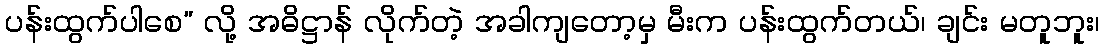
ပန်းထွက်ပါစေ” လို့ အဓိဋ္ဌာန် လိုက်တဲ့ အခါကျတော့မှ မီးက ပန်းထွက်တယ်၊ ချင်း မတူဘူး၊